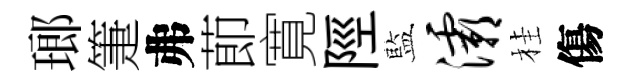
瑯箑弗莭寛陘藍灞桂傷